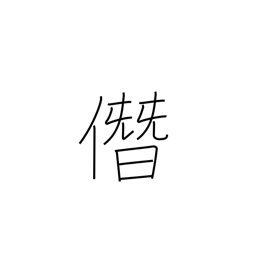
Meaning: boastfully usurp